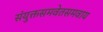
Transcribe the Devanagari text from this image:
संयुक्तसमवेतसमवाय